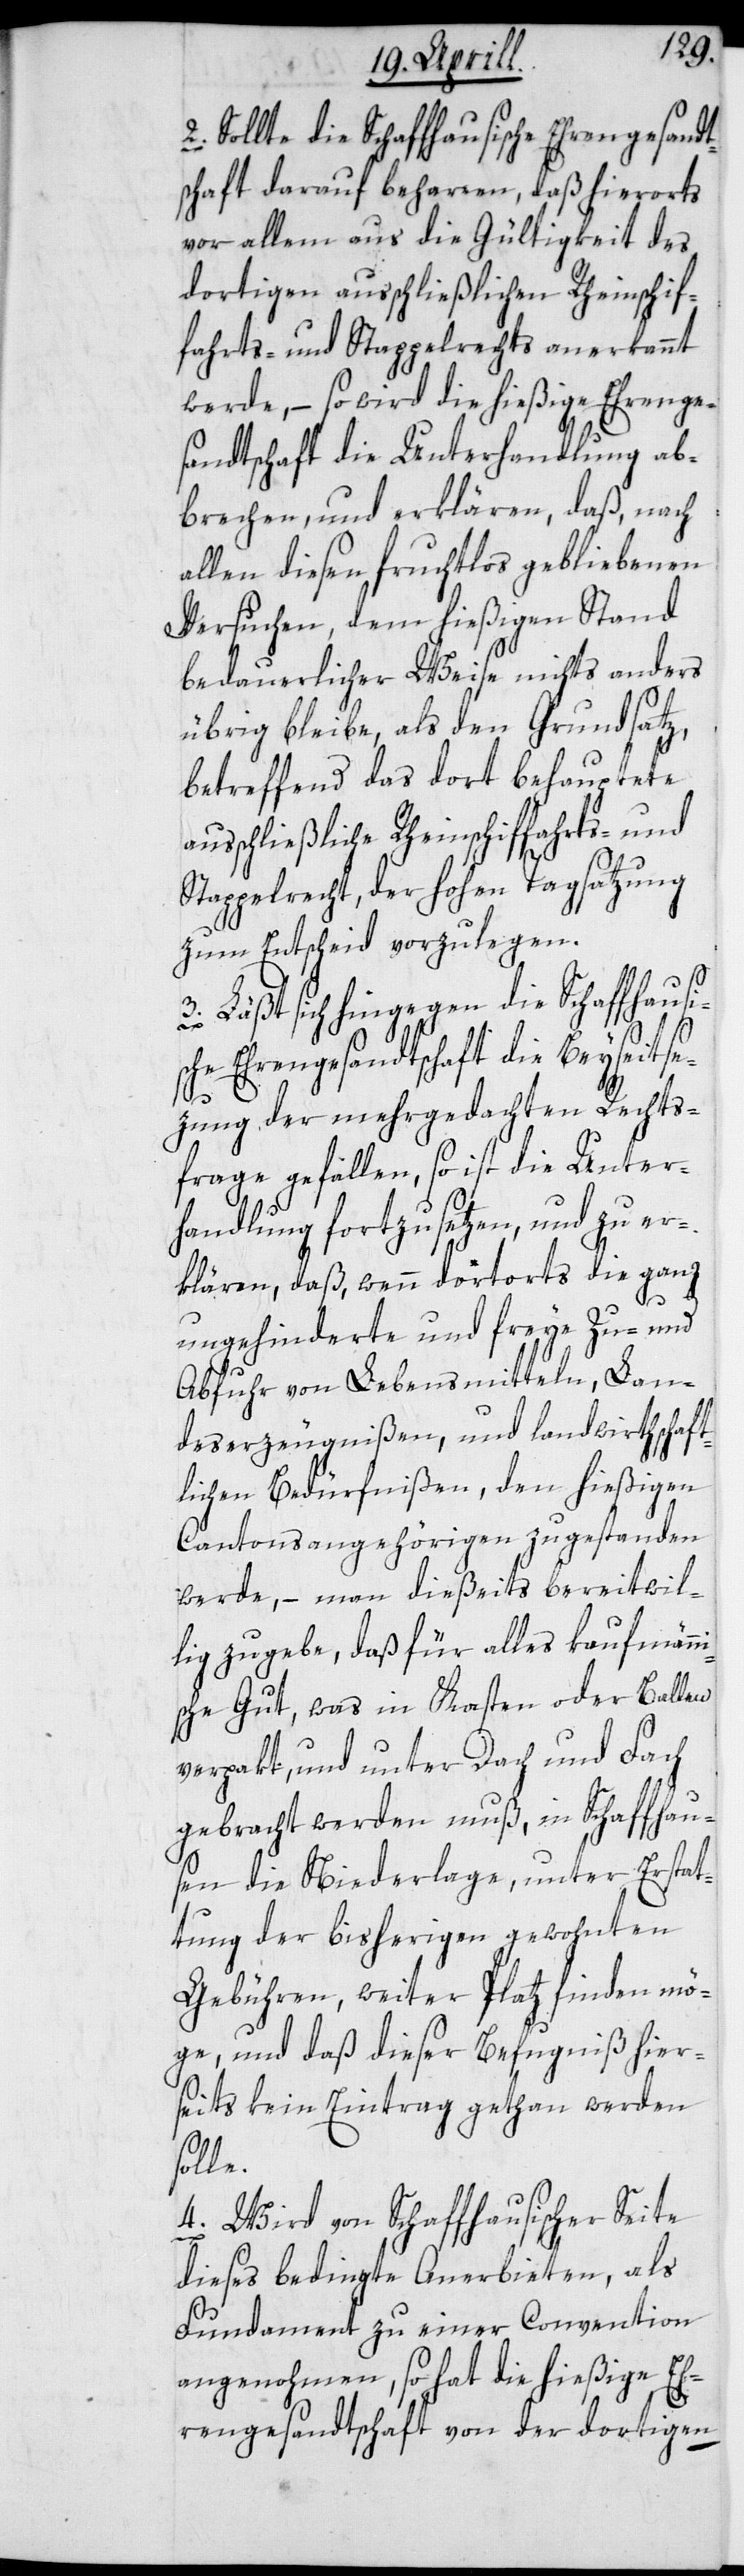
Sollte die Schaffhausische Ehrengesandt¬
schaft darauf beharren, daß hierorts
vor allem aus die Gültigkeit des
dortigen ausschließlichen Rheinschif¬
fahrts- und Stappelrechts, anerkannt
werde, – so wird die hießige Ehrenge¬
sandtschaft die Unterhandlung ab¬
brechen, und erklären, daß, nach
allen diesen fruchtlos gebliebenen
Versuchen, dem hießigen Stand
bedauerlicher Weise nichts anders
übrig bleibe, als den Grundsatz,
betreffend das dort behauptete
ausschließliche Rheinschiffahrts- und
Stappelrecht, der hohen Tagsatzung
zum Entscheid vorzulegen.
3. Läßt sich hingegen die Schaffhausis¬
che Ehrengesandtschaft die Beyseitse¬
2.
zung der mehrgedachten Rechts¬
frage gefallen, so ist die Unter¬
handlung fortzusetzen, und zu er¬
klären, daß, wenn dortorts die ganz
ungehinderte und freye Zu- und
Abfuhr von Lebensmitteln, Lan¬
deserzeugnißen und landwirthschaft¬
lichen Bedürfnißen, den hießigen
Cantonsangehörigen zugestanden
werde, – man dießeits bereitwil¬
lig zugebe, daß für alles kaufmänni¬
sche Gut, was in Kasten oder Ballen
verpakt, und unter Dach und Fach
gebracht werden muß, in Schaffhau¬
sen die Niederlage, unter Erstat¬
tung der bisherigen gewohnten
Gebühren, weiter Platz finden mö¬
ge, und daß dieser Befugniß hier¬
seits kein Eintrag gethan werden
solle.
4. Wird von Schaffhausischer Seite
dieses bedingte Anerbieten, als
Fundament zu einer Convention
angenohmen, so hat die hießige Eh¬
rengesandtschaft von der dortigen